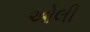
ઓલી